Civil Veterinary Dept. Bombay admin report 1893-99 - 1893-1899
Year: 1893
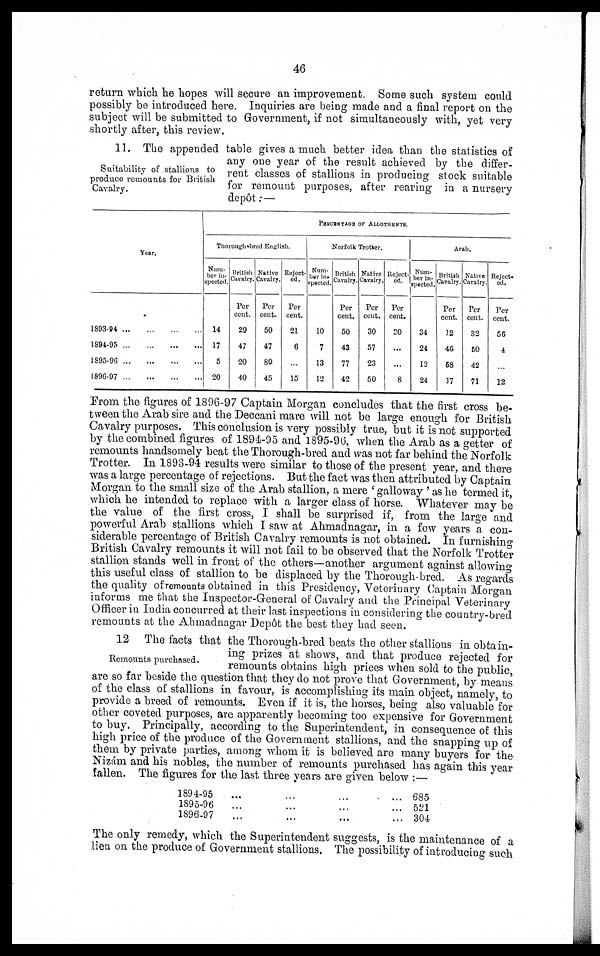
46
return which he hopes will secure an improvement. Some such system could
possibly be introduced here. Inquiries are being made and a final report on the
subject will be submitted to Government, if not simultaneously with, yet very
shortly after, this review.
Suitability of stallions to
produce remounts for British
Cavalry.
11. The appended table gives a much better idea than the statistics of
any one year of the result achieved by the differ-
rent classes of stallions in producing stock suitable
for remount purposes, after rearing in a nursery
depôt:—
Year.
1893-94
...
...
...
...
1894-95
...
...
...
...
1895-96
...
...
...
1896-97
...
...
...
...
PERCENTAGE OF ALLOTMENTS.
Thorough-bred English.
Num-
ber in-
spected.
14
17
5
20
British
Cavalry.
Per
cent.
29
47
20
40
Native
Cavalry.
Per
cent.
50
47
80
45
Reject-
ed.
Per
cent.
21
6
...
15
Norfolk Trotter.
Num-
ber in-
spected.
10
7
13
12
British
Cavalry.
Per
cent.
50
43
77
42
Native
Cavalry.
Per
cent.
30
57
23
50
Reject-
ed.
Per
cent.
20
...
...
8
Arab.
Num-
ber in-
spected.
34
24
12
24
British
Cavalry.
Per
cent.
12
46
58
17
Native
Cavalry.
Per
cent.
32
60
42
71
Reject-
ed.
Per
cent.
56
4
...
12
From the figures of 1896-97 Captain Morgan concludes that the first cross be-
tween the Arab sire and the Deccani mare will not be large enough for British
Cavalry purposes. This conclusion is very possibly true, but it is not supported
by the combined figures of 1894-95 and 1895-96, when the Arab as a getter of
remounts handsomely beat the Thorough-bred and was not far behind the Norfolk
Trotter. In 1893-94 results were similar to those of the present year, and there
was a large percentage of rejections. But the fact was then attributed by Captain
Morgan to the small size of the Arab stallion, a mere 'galloway' as he termed it,
which he intended to replace with a larger class of horse. Whatever may be
the value of the first cross, I shall be surprised if, from the large and
powerful Arab stallions which I saw at Ahmadnagar, in a few years a con-
siderable percentage of British Cavalry remounts is not obtained. In furnishing
British Cavalry remounts it will not fail to be observed that the Norfolk Trotter
stallion stands well in front of the others—another argument against allowing
this useful class of stallion to be displaced by the Thorough-bred. As regards
the quality of remounts obtained in this Presidency, Veterinary Captain Morgan
informs me that the Inspector-General of Cavalry and the Principal Veterinary
Officer in India concurred at their last inspections in considering the country-bred
remounts at the Ahmadnagar Depôt the best they had seen.
Remounts purchased.
12 The facts that the Thorough-bred beats the other stallions in obtain-
ing prizes at shows, and that produce rejected for
remounts obtains high prices when sold to the public,
are so far beside the question that they do not prove that Government, by means
of the class of stallions in favour, is accomplishing its main object, namely, to
provide a breed of remounts. Even if it is, the horses, being also valuable for
other coveted purposes, are apparently becoming too expensive for Government
to buy. Principally, according to the Superintendent, in consequence of this
high price of the produce of the Government stallions, and the snapping up of
them by private parties, among whom it is believed are many buyers for the
Nizám and his nobles, the number of remounts purchased has again this year
fallen. The figures for the last three years are given below:—
1894-95 ... ... ... ...
1895-96 ... ... ... ...
1896-97 ... ... ... ...
685
521
304
The only remedy, which the Superintendent suggests, is the maintenance of a
lien on the produce of Government stallions. The possibility of introducing such